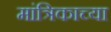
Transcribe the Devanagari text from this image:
मांत्रिकाच्या